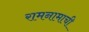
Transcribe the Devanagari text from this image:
रामनामाची